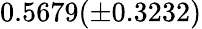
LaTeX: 0.5679(\pm 0.3232)